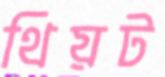
থিয়ট